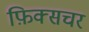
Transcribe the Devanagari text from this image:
फ़िक्सचर